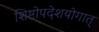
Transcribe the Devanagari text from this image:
शिष्टोपदेशयोगात्